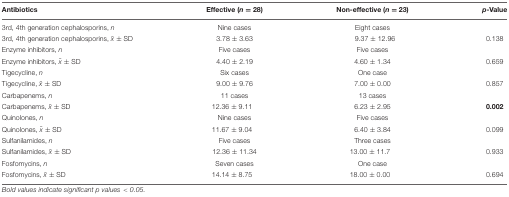
| Antibiotics | Effective (n = 28) | Non-effective (n = 23) | p-Value |
 | --- | --- | --- | --- |
 | 3rd, 4th generation cephalosporins, n | Nine cases | Eight cases |  |
 | 3rd, 4th generation cephalosporins, x̄ ± SD | 3.78 ± 3.63 | 9.37 ± 12.96 | 0.138 |
 | Enzyme inhibitors, n | Five cases | Five cases |  |
 | Enzyme inhibitors, x̄ ± SD | 4.40 ± 2.19 | 4.60 ± 1.34 | 0.659 |
 | Tigecycline, n | Six cases | One case |  |
 | Tigecycline, x̄ ± SD | 9.00 ± 9.76 | 7.00 ± 0.00 | 0.857 |
 | Carbapenems, n | 11 cases | 13 cases |  |
 | Carbapenems, x̄ ± SD | 12.36 ± 9.11 | 6.23 ± 2.95 | 0.002 |
 | Quinolones, n | Nine cases | Five cases |  |
 | Quinolones, x̄ ± SD | 11.67 ± 9.04 | 6.40 ± 3.84 | 0.099 |
 | Sulfanilamides, n | Five cases | Three cases |  |
 | Sulfanilamides, x̄ ± SD | 12.36 ± 11.34 | 13.00 ± 11.7 | 0.933 |
 | Fosfomycins, n | Seven cases | One case |  |
 | Fosfomycins, x̄ ± SD | 14.14 ± 8.75 | 18.00 ± 0.00 | 0.694 |